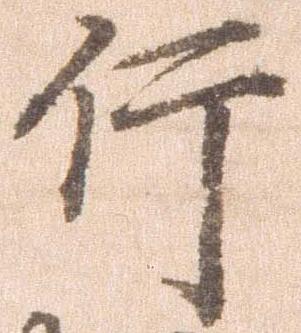
行